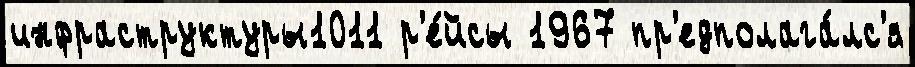
инфраструктуры1011 р'е́йсы 1967 пр'едполага́лс'я